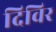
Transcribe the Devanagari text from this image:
दिविर